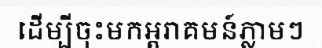
ដើម្បីចុះមកអ្តរាគមន៍ភ្លាមៗ